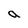
Character: a